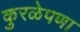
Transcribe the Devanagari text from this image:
कुरळेपणा